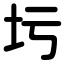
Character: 圬